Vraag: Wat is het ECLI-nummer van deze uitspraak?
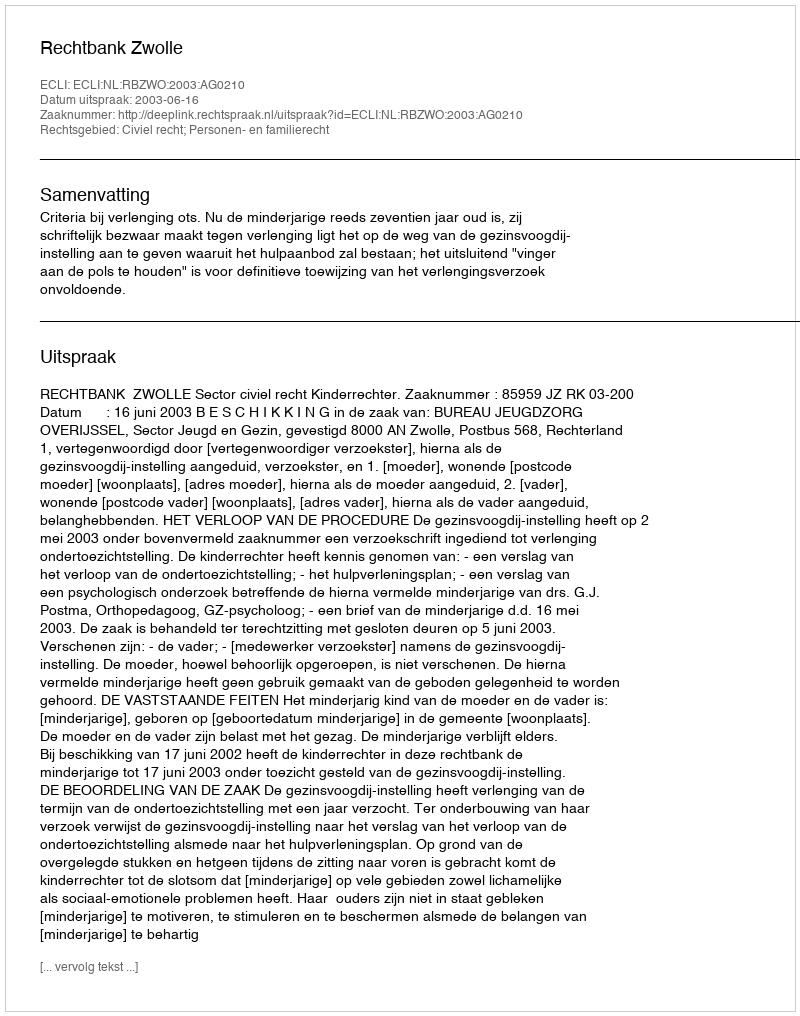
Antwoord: ECLI:NL:RBZWO:2003:AG0210